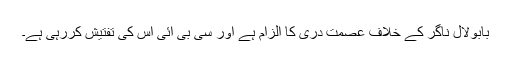
بابولال ناگر کے خلاف عصمت دری کا الزام ہے اور سی بی آئی اس کی تفتیش کررہی ہے۔